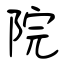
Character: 院